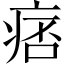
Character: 痞